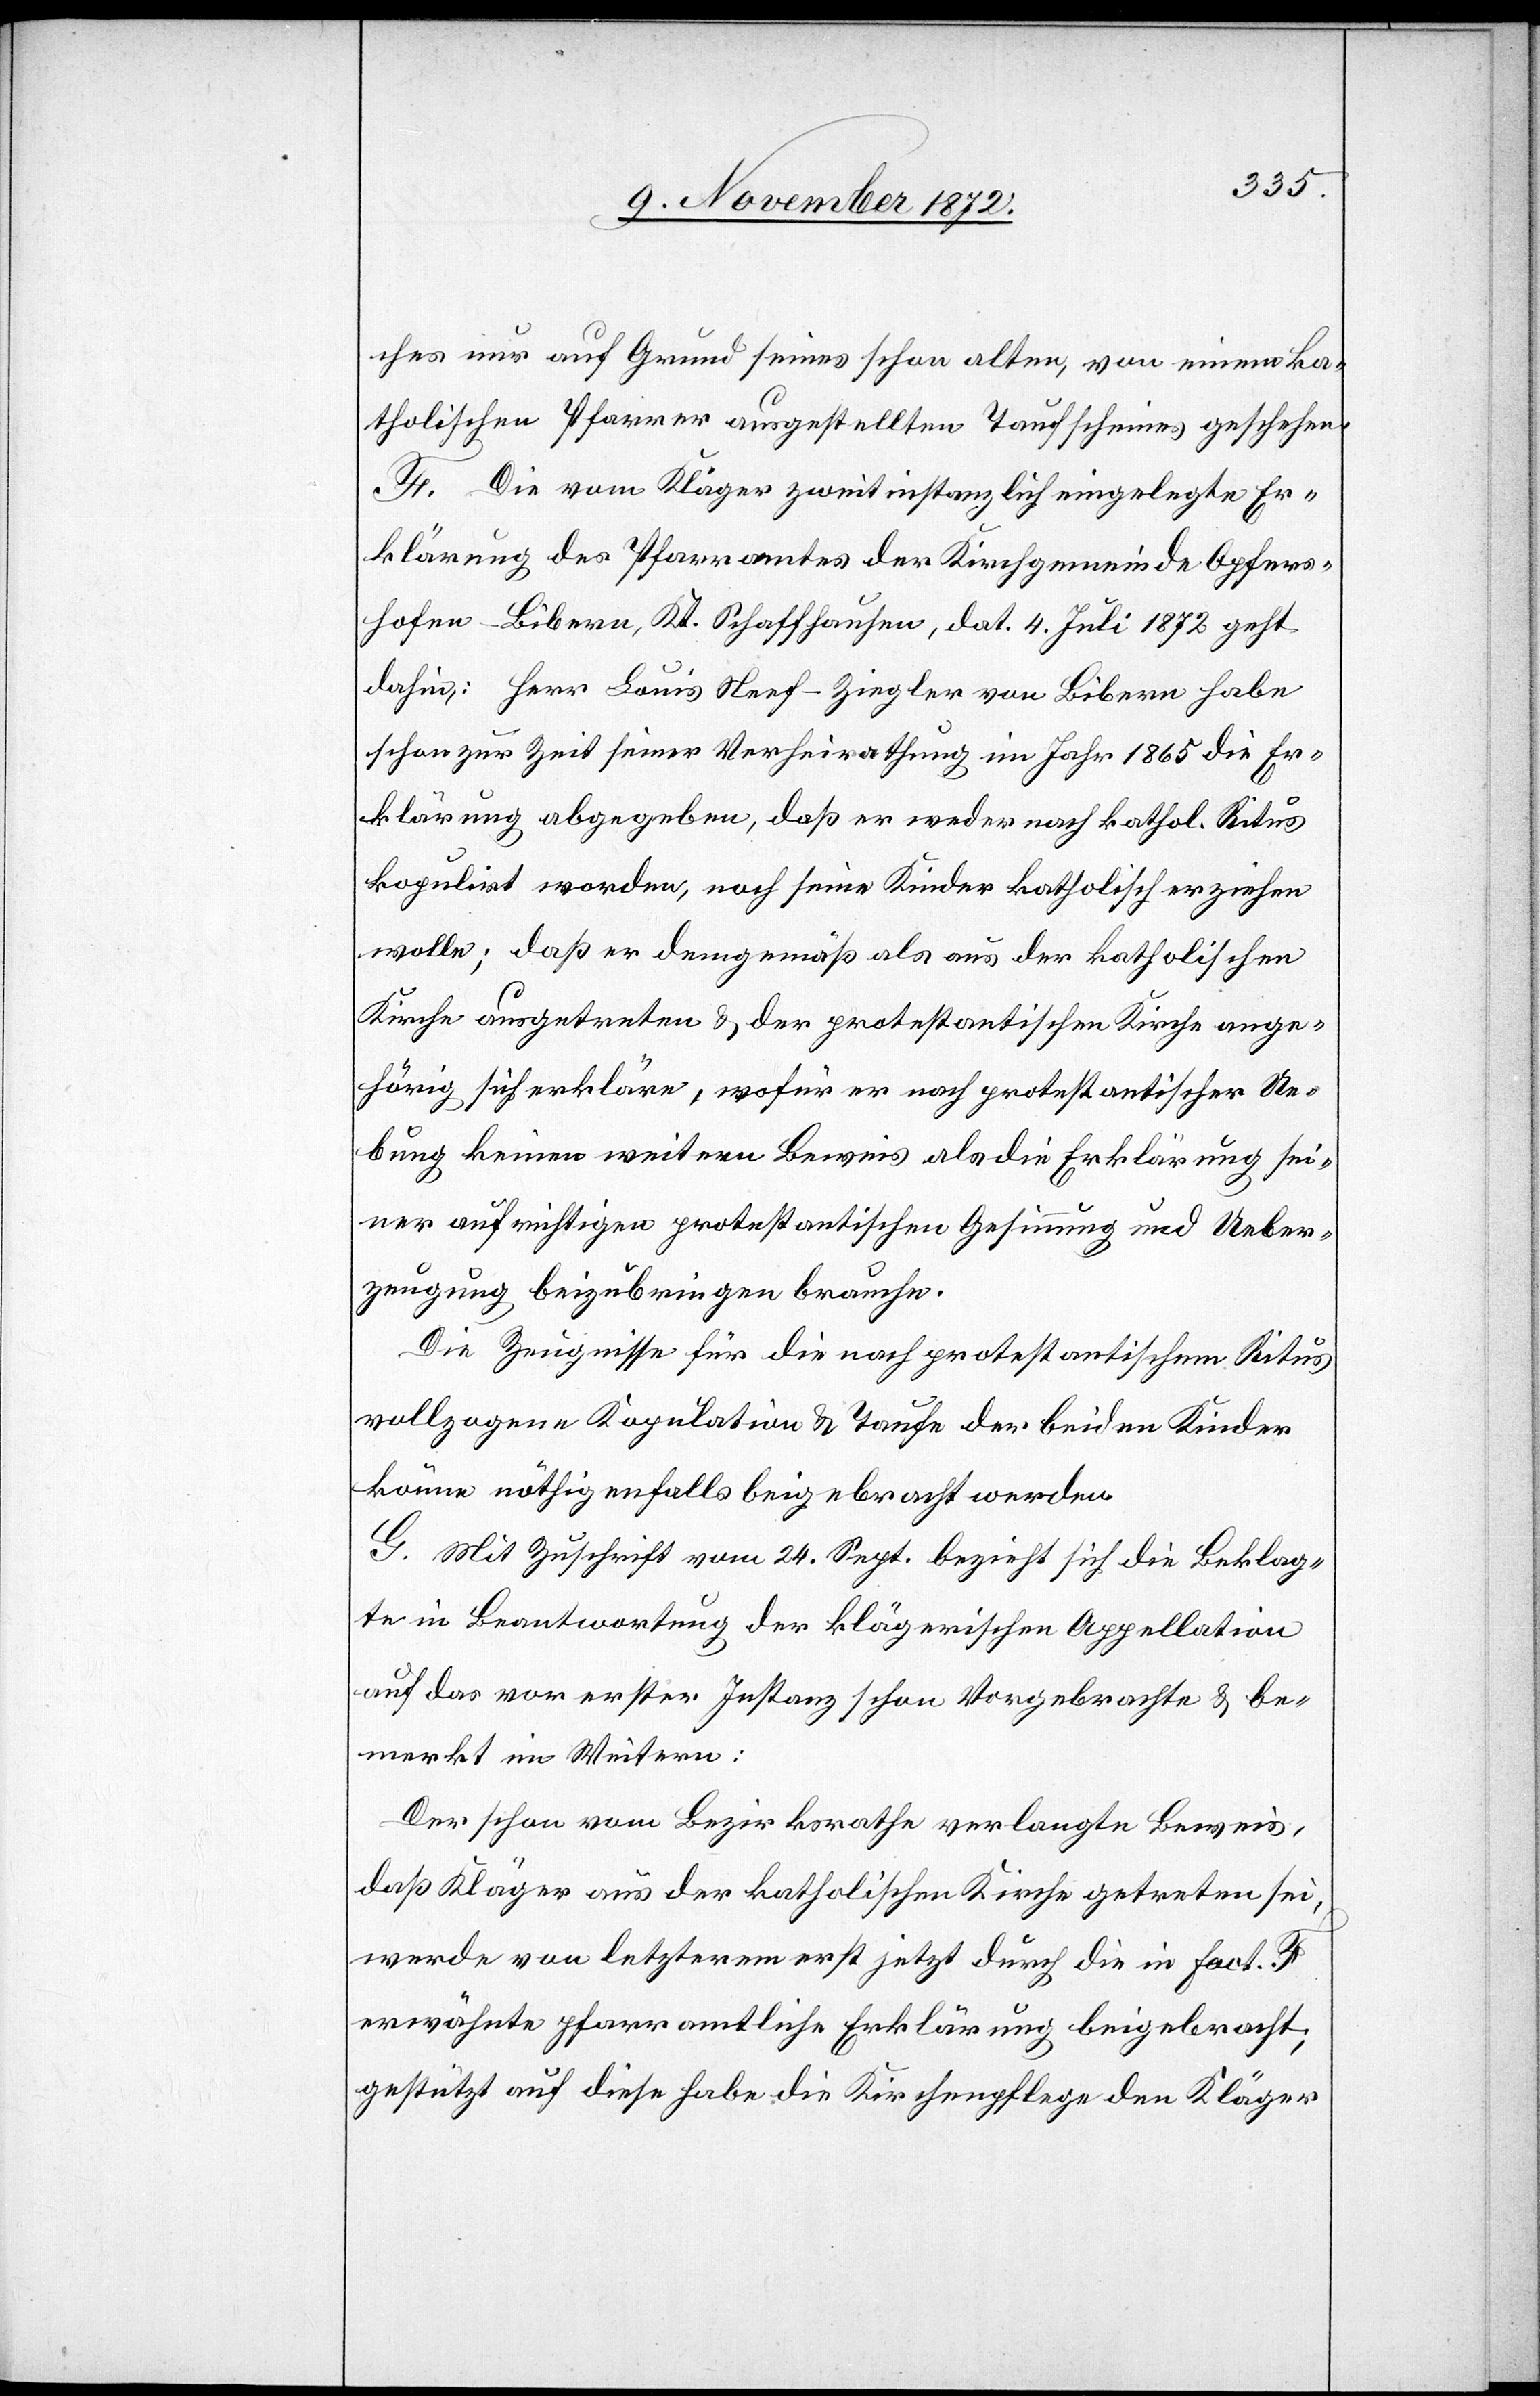
ches nur auf Grund seines schon alten, von einem ka¬
tholischen Pfarrer ausgestellten Taufscheines geschehen.
F. Die vom Kläger zweitinstanzlich eingelegte Er¬
klärung des Pfarramtes der Kirchgemeinde Opfers¬
hofen-Bibern, Kt. Schaffhausen, dat. 4. Juli 1872 geht
dahin: Herr Louis Neef-Ziegler von Bibern habe
schon zur Zeit seiner Verheirathung im Jahr 1865 die Er¬
klärung abgegeben, daß er weder nach kathol. Ritus
kopulirt worden, noch seine Kinder katholisch erziehen
wolle; daß er demgemäß als aus der katholischen
Kirche ausgetreten u. der protestantischen Kirche ange¬
hörig sich erkläre, wofür er nach protestantischer Ue¬
bung keinen weitern Beweis als die Erklärung sei¬
ner aufrichtigen protestantischen Gesinnung und Ueber¬
zeugung beizubringen brauche.
Die Zeugnisse für die nach protestantischem Ritus
vollzogene Kopulation u. Taufe der beiden Kinder
könne nöthigenfalls beigebracht werden.
G. Mit Zuschrift vom 24. Sept. bezieht sich die Beklag¬
te in Beantwortung der klägerischen Appellation
auf das vor erster Instanz schon Vorgebrachte u. be¬
merkt im Weitern:
Der schon vom Bezirksrathe verlangte Beweis,
daß Kläger aus der katholischen Kirche getreten sei,
werde von letzterem erst jetzt durch die in Fact. F
erwähnte pfarramtliche Erklärung beigebracht;
gestützt auf diese habe die Kirchenpflege den Kläger